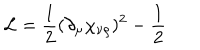
LaTeX: { \cal L } = \frac { 1 } { 2 } ( \partial _ { \mu } \chi _ { \nu \rho } ) ^ { 2 } - \frac { 1 } { 2 }